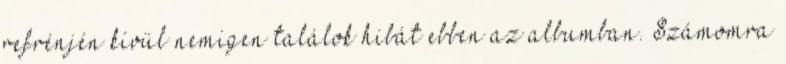
refrénjén kívül nemigen találok hibát ebben az albumban. Számomra